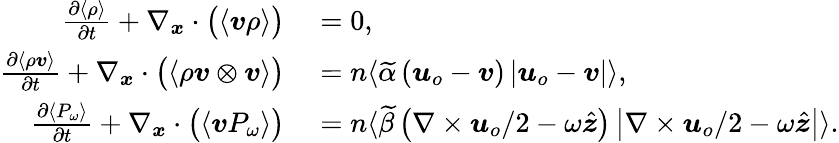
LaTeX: \begin{array}{rl}{\frac{\partial\langle\rho\rangle}{\partial t}+\nabla_{\boldsymbol{x}}\cdot\big(\langle\boldsymbol{v}\rho\rangle\big)}&{{}=0,}\\ {\frac{\partial\langle\rho\boldsymbol{v}\rangle}{\partial t}+\nabla_{\boldsymbol{x}}\cdot\big(\langle\rho\boldsymbol{v}\otimes\boldsymbol{v}\rangle\big)}&{{}=n\langle\widetilde{\alpha}\left(\boldsymbol{u}_{o}-\boldsymbol{v}\right)\left|\boldsymbol{u}_{o}-\boldsymbol{v}\right|\rangle,}\\ {\frac{\partial\langle P_{\omega}\rangle}{\partial t}+\nabla_{\boldsymbol{x}}\cdot\big(\langle\boldsymbol{v}P_{\omega}\rangle\big)}&{{}=n\langle\widetilde{\beta}\left(\nabla\times\boldsymbol{u}_{o}/2-\omega\hat{\boldsymbol{z}}\right)\left|\nabla\times\boldsymbol{u}_{o}/2-\omega\hat{\boldsymbol{z}}\right|\rangle.}\end{array}